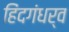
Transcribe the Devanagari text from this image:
हिंदगंधर्व